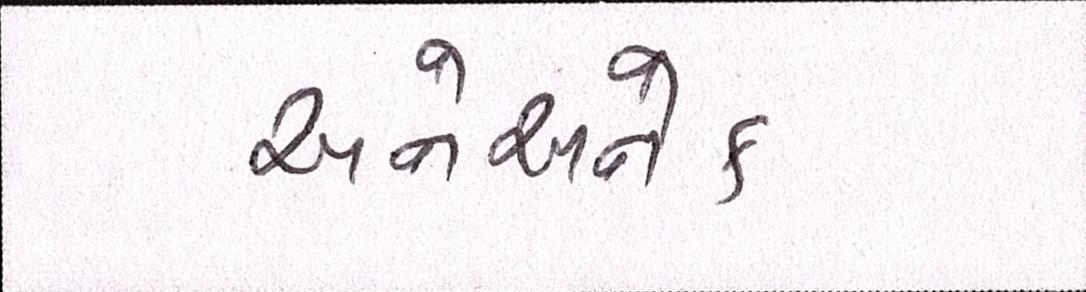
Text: અનેઅનેક